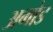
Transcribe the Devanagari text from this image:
अगोड